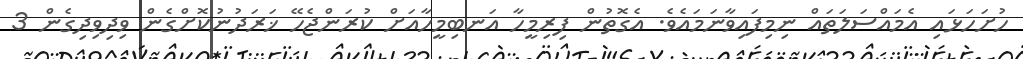
ހުށަހަޅައި އެމައްސަލަތައް ނިމިފައިވާނަމައެވެ. އެގޮތުން ފިރިމީހާ އަނބިމީހާއަށް ކުރަންޖެހޭ ޚަރަދުނުކޮށްގެން ވިދިވިދިގެން 3